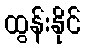
ထွန်းနိုင်